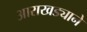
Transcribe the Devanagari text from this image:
आराखड्याने